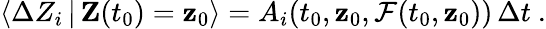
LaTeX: \langle\Delta Z_{i}\, |\, \mathbf{Z}(t_{0})=\mathbf{z}_{0}\rangle=A_{i}(t_{0},\mathbf{z}_{0},\mathcal{F}(t_{0},\mathbf{z}_{0}))\, \Delta t~.